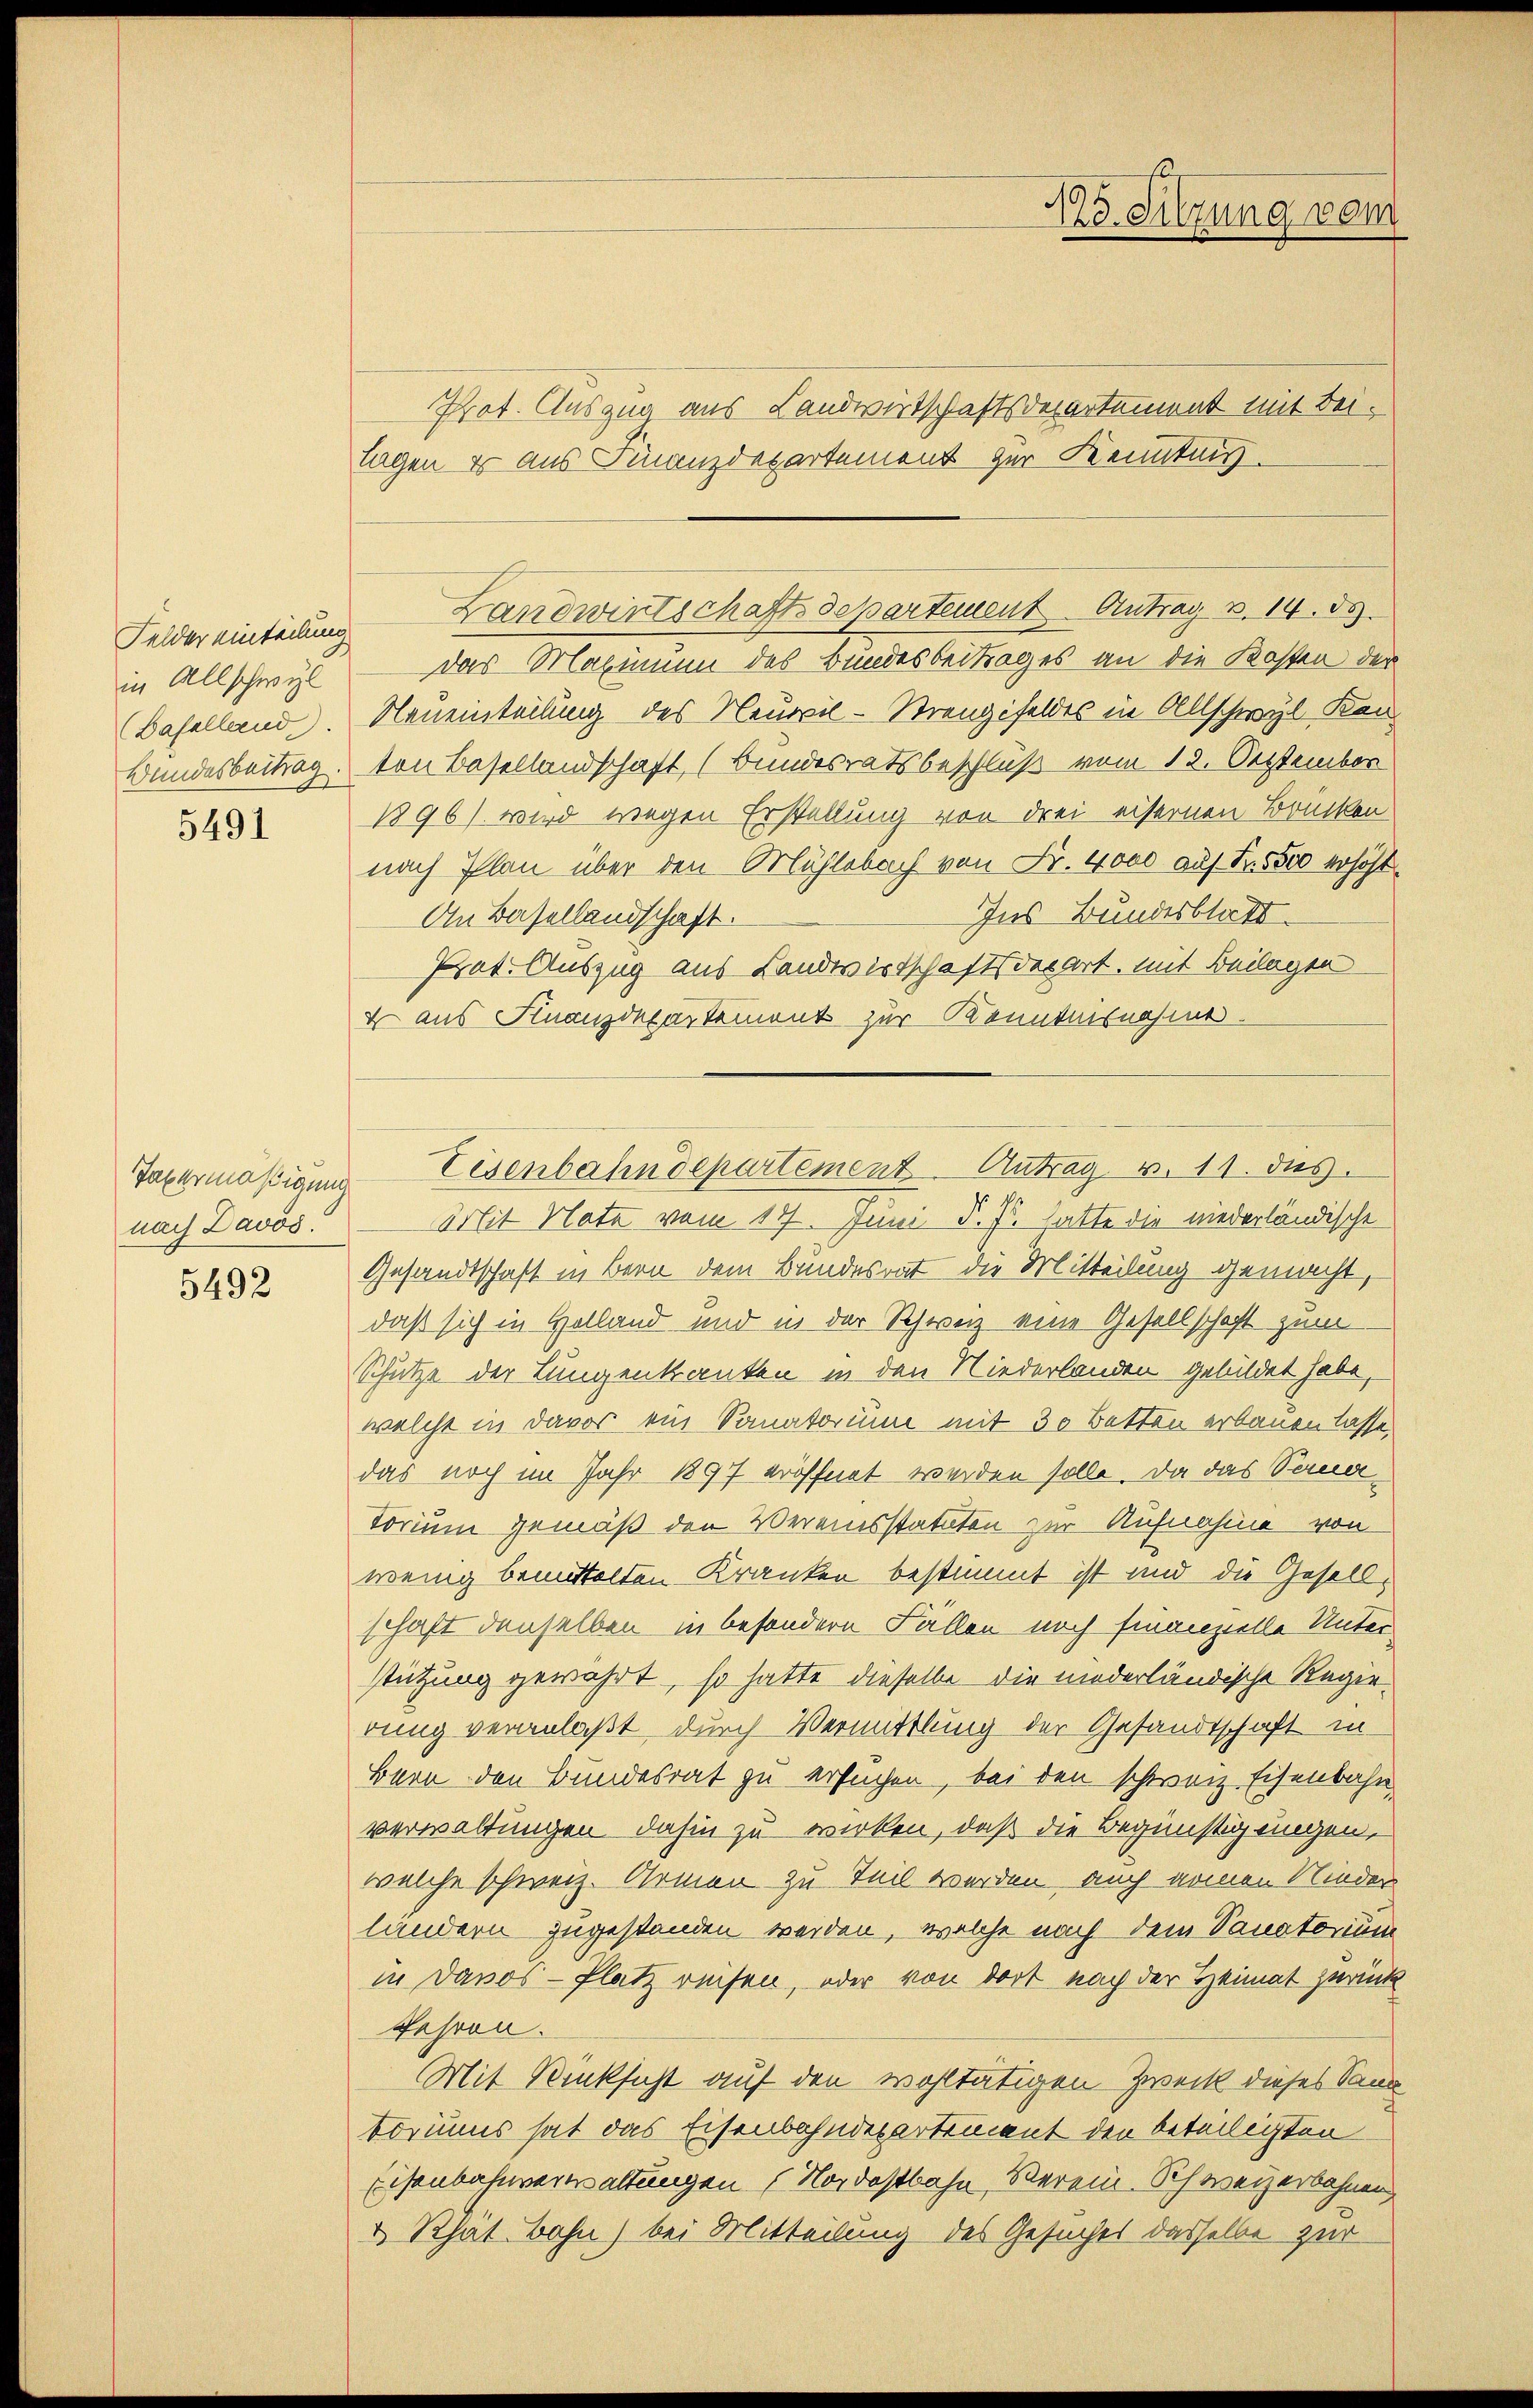
Felder einteilung
in Allschwyl
(Baselland.
Bundesbeitrag

5491

Taxermäßigung
nach Davos.

5492

Prot. Auszug aus Landwirtschaftsdepartement mit Beilagen er aus Finanzdepartement zur Kenntnis.
das Mahminn des Bundesbeitrages an die Kosten der
Neueinteilung des Neuvil-Strengifeldes in Allschwyl, Kan
ton Basellandschaft (Bundesratsbeschluß vom 12. September
1896) wird wegen Erstellung von drei eisernen Brücken.
nach Plan über den Mühlebach von Fr. 4000 auf Fr. 5500 erhöht.
Ins Bundesblatt.
An Basellandschaft.
Prot. Auszug aus Landwirtschaftsdepart, mit Beilagen
+ aus Finanzdepartement zur Kenntnisnahme.
Mit Note vom 17. Juni d. J. hatte die niederländische
Gesandtschaft in Bern dem Bundesrat die Mitteilung gemacht,
daß sich in Holland und in der Schweiz eine Gesellschaft zum
Schütze der Lungenkanten in den Niederlanden gebildet habe,
welche in davor ein Sanatorium mit 30 Betten erbauen lasse.
das noch im Jahr 1897 eröffnet werden solle. Da das Sema¬
Torium gemäß den Vereinsstatuten zur Aufnahme von
wenig bemittelten Kranken bestimmt ist und die Gesellschaft denselben in besondern Fällen noch finanzielle Unter
stützung gewährt, so hatte dieselbe die niederländische Regerrung veranlaßt durch Vermittlung der Gesandtschaft in
Bern den Bundesrat zu ersuchen, bei den schweiz Eisenbahn
verwaltungen dahin zu wirken, daß die Begünstigungen,
welche schweiz. Armen zu Teil werden, auch nemen Nieder
landern zugestanden werden, welche nach dem Sanatorium
in Davos- Platz resen, oder von dort nach der Heimat zurück
Jahren.
Mit Rücksicht auf den wohltätigen Zweck dieses Sand
toriums hat das Eisenbahndepartement den beteiligten
Eisenbahnverwaltungen (Nordostbahn, Verein. Schweizerbahnen,
& Rhat. Bahn) bei Mitteilung des Gesuches dasselbe zur

o. Sitzung vom

Landwirtschaftsdepartement Antrag v. 14. ds.

Eisenbahndepartement. Antrag. v. 11. das